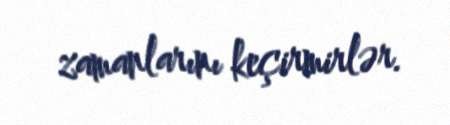
zamanlarını keçirmirlər.